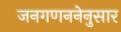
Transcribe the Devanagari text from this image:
जनगणननेनुसार